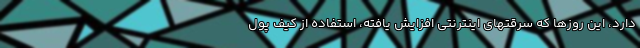
دارد، این روزها که سرقتهای اینترنتی افزایش یافته، استفاده از کیف پول